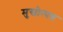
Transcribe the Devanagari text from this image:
मुखोत्पन्न